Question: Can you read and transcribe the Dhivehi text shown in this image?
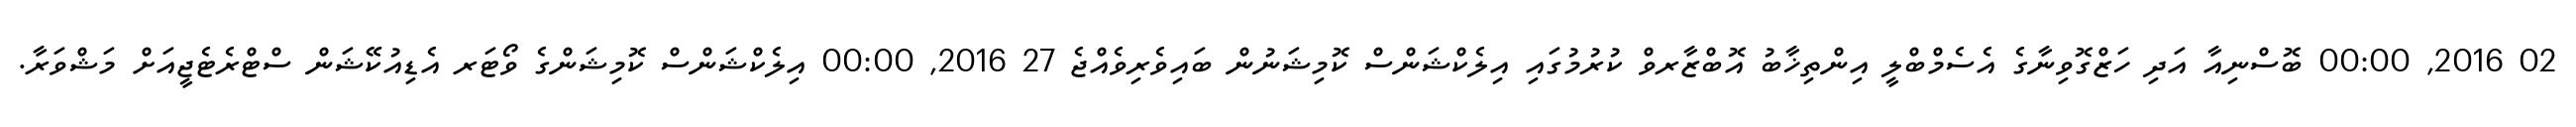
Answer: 02 2016, 00:00 ބޮސްނިއާ އަދި ހަޒްގޮވިނާގެ އެސެމްބްލީ އިންތިޚާބު އޮބްޒާރވް ކުރުމުގައި އިލެކްޝަންސް ކޮމިޝަނުން ބައިވެރިވެއްޖެ 27 2016, 00:00 އިލެކްޝަންސް ކޮމިޝަންގެ ވޯޓަރ އެޑިއުކޭޝަން ސްޓްރެޓެޖީއަށް މަޝްވަރާ.